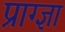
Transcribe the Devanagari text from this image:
प्राग्ज्ञा